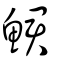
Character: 鮶